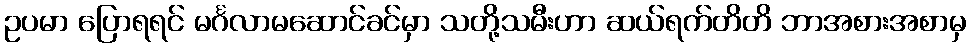
ဥပမာ ပြောရရင် မင်္ဂလာမဆောင်ခင်မှာ သတို့သမီးဟာ ဆယ်ရက်တိတိ ဘာအစားအစာမှ